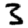
Digit: 3